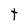
Character: t